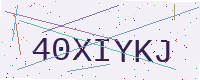
Text: 40XIYKJ